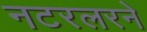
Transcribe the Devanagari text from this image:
नटरलरने